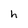
Character: h